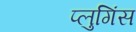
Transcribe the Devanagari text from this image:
प्लुगिंस